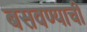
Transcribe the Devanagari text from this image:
बसवण्याची